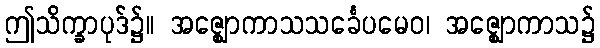
ဤသိက္ခာပုဒ်၌။ အဇ္ဈောကာသသင်္ခေပမေဝ၊ အဇ္ဈောကာသ၌